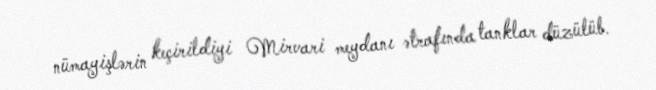
nümayişlərin keçirildiyi Mirvari meydanı ətrafında tanklar düzülüb.